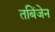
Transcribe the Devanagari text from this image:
तबिंजेन